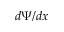
d \Psi / d x